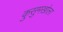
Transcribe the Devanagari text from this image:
कुसुमखोला